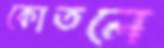
কোতলে